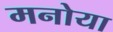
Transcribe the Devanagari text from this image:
मनोया